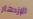
الإزدهار